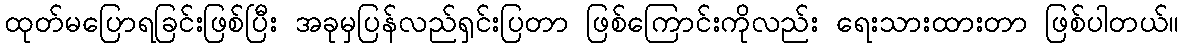
ထုတ်မပြောရခြင်းဖြစ်ပြီး အခုမှပြန်လည်ရှင်းပြတာ ဖြစ်ကြောင်းကိုလည်း ရေးသားထားတာ ဖြစ်ပါတယ်။